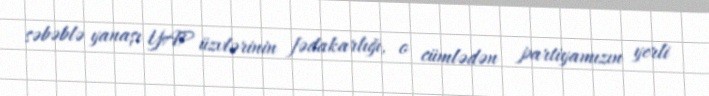
səbəblə yanaşı YAP üzvlərinin fədakarlığı, o cümlədən partiyamızın yerli